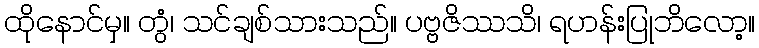
ထိုနောင်မှ။ တွံ၊ သင်ချစ်သားသည်။ ပဗ္ဗဇိဿသိ၊ ရဟန်းပြုဘိလော့။